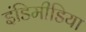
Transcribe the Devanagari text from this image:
इंडिमीडिया